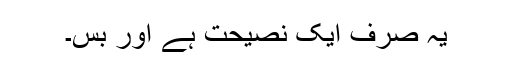
یہ صرف ایک نصیحت ہے اور بس۔